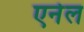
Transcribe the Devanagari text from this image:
एनेल